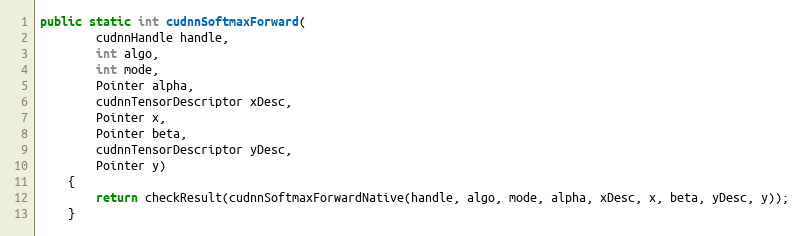
Language: Java
public static int cudnnSoftmaxForward(
        cudnnHandle handle,
        int algo,
        int mode,
        Pointer alpha,
        cudnnTensorDescriptor xDesc,
        Pointer x,
        Pointer beta,
        cudnnTensorDescriptor yDesc,
        Pointer y)
    {
        return checkResult(cudnnSoftmaxForwardNative(handle, algo, mode, alpha, xDesc, x, beta, yDesc, y));
    }